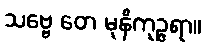
သဗ္ဗေ တေ မုနိကုဉ္ဇရာ။